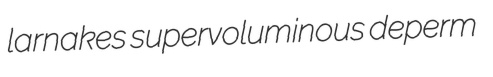
larnakes supervoluminous deperm